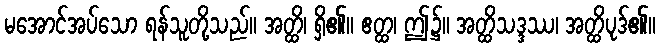
မအောင်အပ်သော ရန်သူတို့သည်။ အတ္ထိ၊ ရှိ၏။ ဧတ္ထ၊ ဤ၌။ အတ္ထိသဒ္ဒဿ၊ အတ္ထိပုဒ်၏။